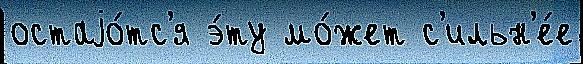
остаjо́тс'я э́ту мо́жет с'ильн'е́е